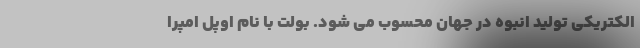
الکتریکی تولید انبوه در جهان محسوب می شود. بولت با نام اوپل امپرا